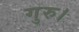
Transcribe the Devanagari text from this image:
गुरु।